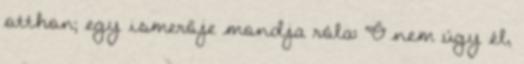
otthon; egy ismerője mondja róla: “Ő nem úgy él,